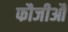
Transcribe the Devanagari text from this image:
फौजीऔ